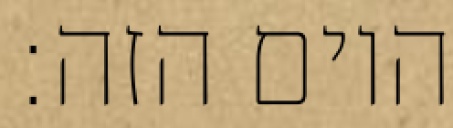
היום הזה: